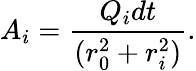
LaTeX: A_{i}=\frac{Q_{i}dt}{(r_{0}^{2}+r_{i}^{2})}.